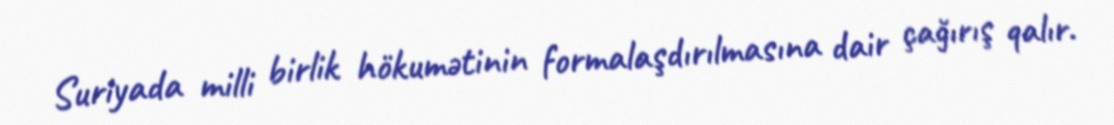
Suriyada milli birlik hökumətinin formalaşdırılmasına dair çağırış qalır.